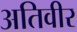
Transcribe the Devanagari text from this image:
अतिवीर